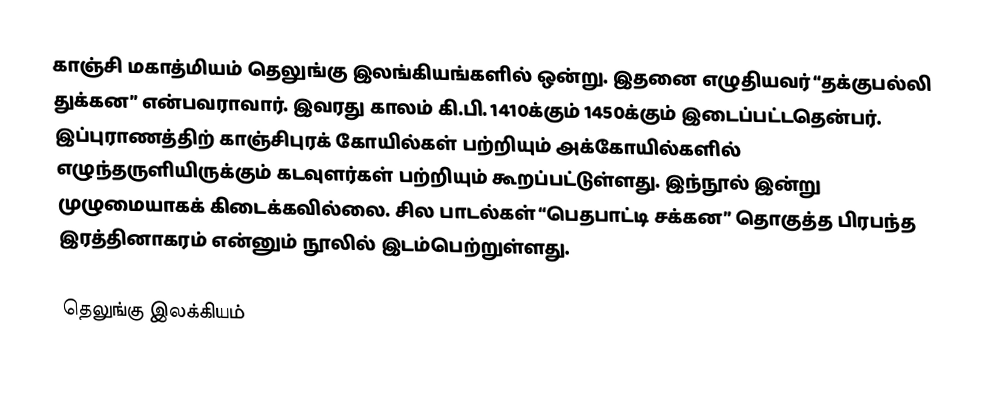
காஞ்சி மகாத்மியம் தெலுங்கு இலங்கியங்களில் ஒன்று. இதனை எழுதியவர் “தக்குபல்லி துக்கன” என்பவராவார். இவரது காலம் கி.பி. 1410க்கும் 1450க்கும் இடைப்பட்டதென்பர். இப்புராணத்திற் காஞ்சிபுரக் கோயில்கள் பற்றியும் அக்கோயில்களில் எழுந்தருளியிருக்கும் கடவுளர்கள் பற்றியும் கூறப்பட்டுள்ளது. இந்நூல் இன்று முழுமையாகக் கிடைக்கவில்லை. சில பாடல்கள் “பெதபாட்டி சக்கன” தொகுத்த பிரபந்த இரத்தினாகரம் என்னும் நூலில் இடம்பெற்றுள்ளது.

தெலுங்கு இலக்கியம்